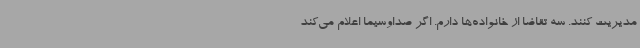
مدیریت کنند. سه تقاضا از خانواده‌ها دارم. اگر صداوسیما اعلام می‌کند